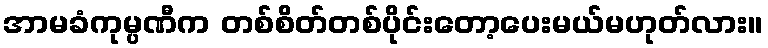
အာမခံကုမ္ပဏီက တစ်စိတ်တစ်ပိုင်းတော့ပေးမယ်မဟုတ်လား။